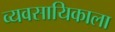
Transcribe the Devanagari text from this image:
व्यवसायिकाला